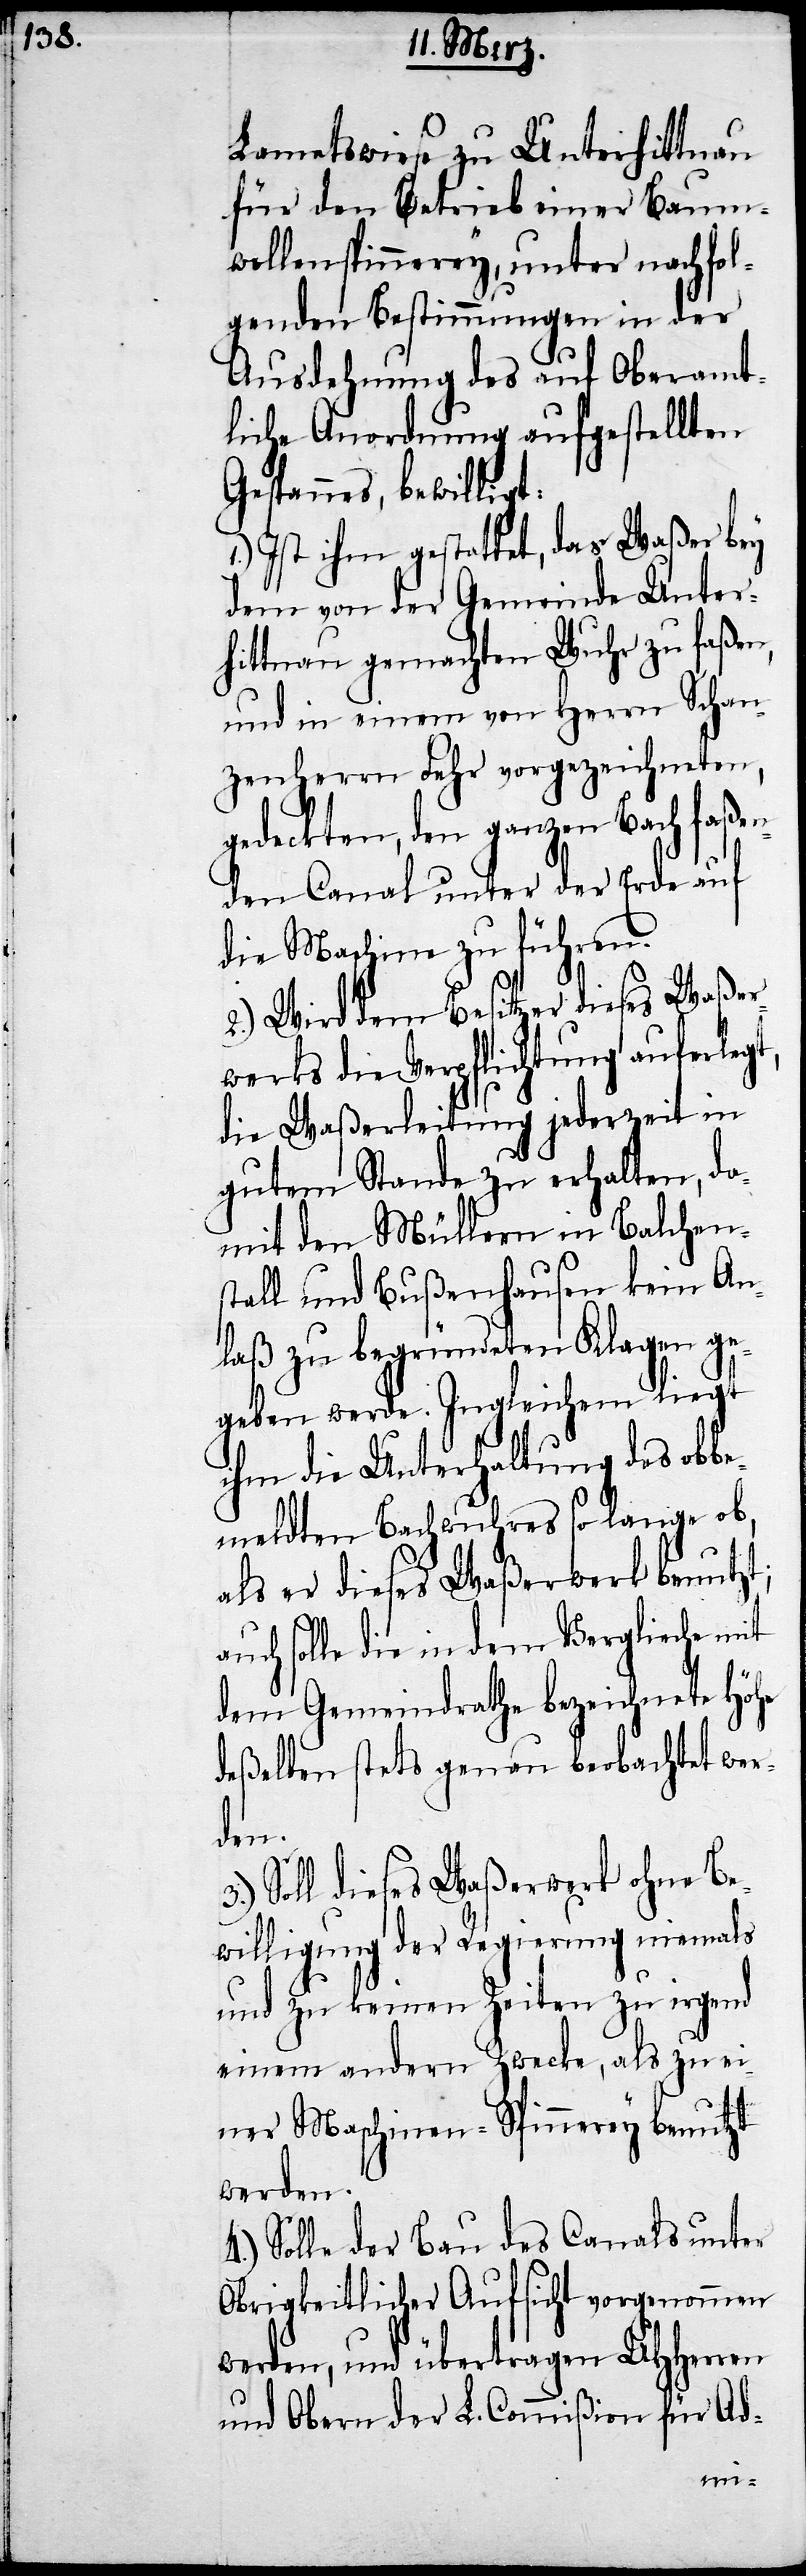
Lametswiese zu Unterhittnau
für den Betrieb einer Baum¬
wollenspinnerey, unter nachfol¬
genden Bestimmungen in der
Ausdehnung des auf Oberamt¬
liche Anordnung aufgestellten
Gespannes, bewilligt:
1.) Ist ihm gestattet, das Waßer bey
dem von der Gemeinde Unter¬
hittnau gemachten Wuhr zu faßen,
und in einem von Herrn Schan¬
zenherrn Fehr vorgezeichneten,
gedeckten, den ganzen Bach faßen¬
den Canal unter der Erde auf
die Maschine zu führen.
2.) Wird dem Besitzer dieses Waßer¬
werks die Verpflichtung auferleg¬
die Waßerleitung jederzeit in
gutem Stande zu erhalten, da¬
mit den Müllern in Balchen¬
stall und Bußenhausen kein An¬
laß zu begründeten Klagen ge¬
geben werde. Ingleichem liegt
ihm die Unterhaltung des obbe¬
meldten Bachwuhres so lange ob,
als er dieses Waßerwerk benutzt;
auch solle die in dem Verglieche mit
dem Gemeindrathe bezeichnete Höhe
deßelben stets genau beobachtet wer¬
den.
Soll dieses Waßerwerk ohne Be¬
willigung der Regierung niemals
und zu keinen Zeiten zu irgend
einem andern Zwecke, als zu ei¬
ner Maschinen-Spinnerey benutzt
werden.
4.) Solle der Bau des Canals unter
Obrigkeitlicher Aufsicht vorgenommen
werden, und übertragen UHHerren
und Obern der L. Commißion für Ad-
t,